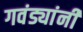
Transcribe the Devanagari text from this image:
गवंड्यांनी